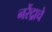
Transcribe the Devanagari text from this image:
नरेंद्राचे